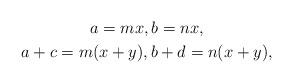
LaTeX: \begin{gather*} a=mx,b=nx,\\ a+c=m(x+y),b+d=n(x+y),\end{gather*}